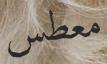
معطس